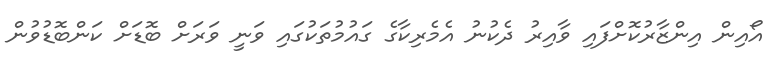
އޯއިން އިންޒާރުކޮށްފައި ވާއިރު ދެކުނު އެމެރިކާގެ ގައުމުތަކުގައި ވަނީ ވަރަށް ބޮޑަށް ކަންބޮޑުވުން